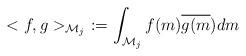
LaTeX: \begin{align*}<f,g>_{\mathcal{M}_{j}}\ :=\int_{\mathcal{M}_{j}}f(m)\overline{g(m})dm\end{align*}